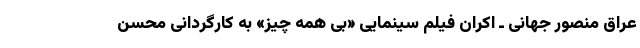
عراق منصور جهانی ـ اکران فیلم سینمایی «بی همه چیز» به کارگردانی محسن